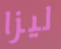
ليزا